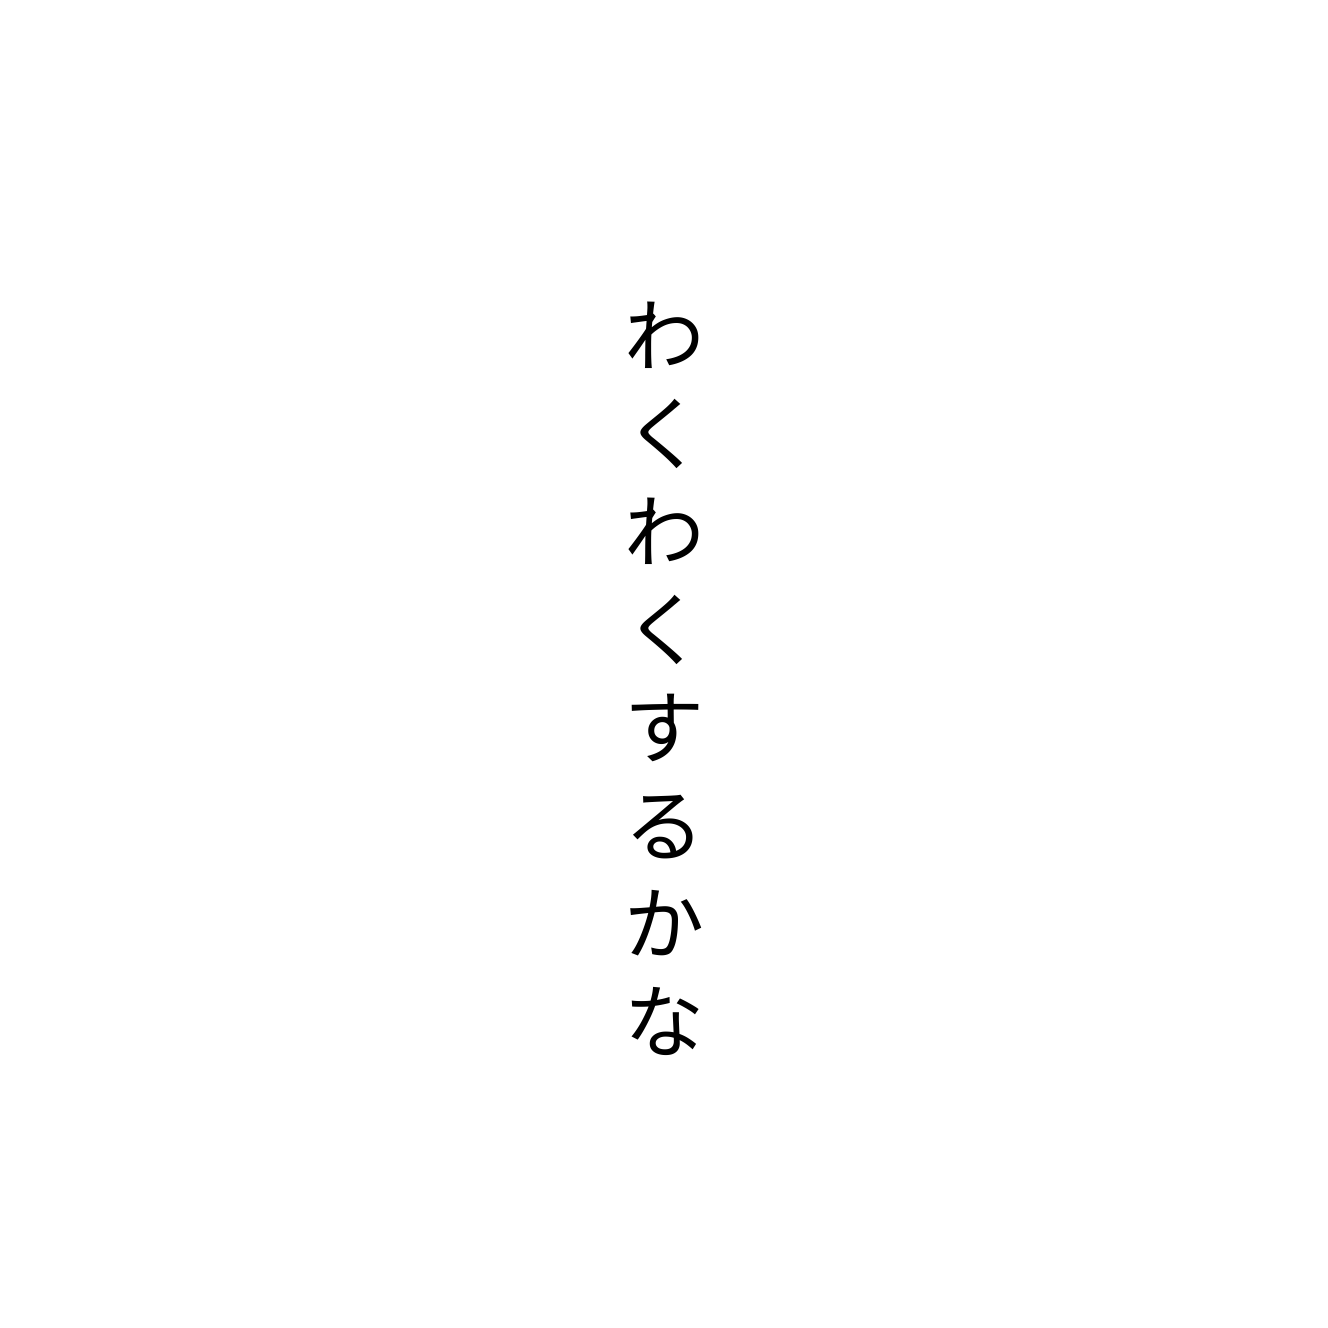
わくわくするかな